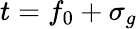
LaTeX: t=f_{0}+\sigma_{g}